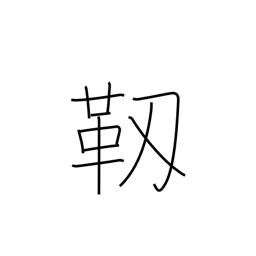
Meaning: pliable